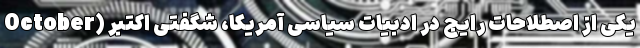
یکی از اصطلاحات رایج در ادبیات سیاسی آمریکا، شگفتی اکتبر (October